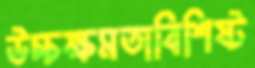
উচ্চক্ষমতাবিশিষ্ট